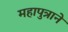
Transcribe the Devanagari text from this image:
महापुत्राने